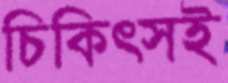
চিকিত্সই